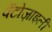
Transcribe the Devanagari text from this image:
पेंटोज़ाइली